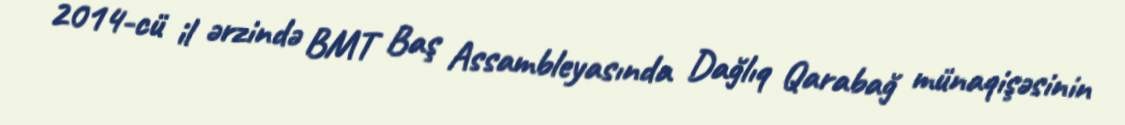
2014-cü il ərzində BMT Baş Assambleyasında Dağlıq Qarabağ münaqişəsinin